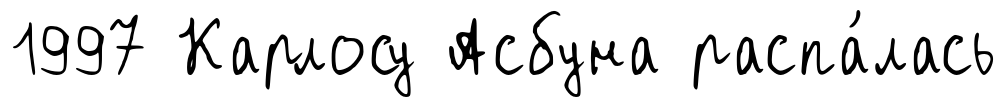
1997 Карлосу Асбуна распа́лась